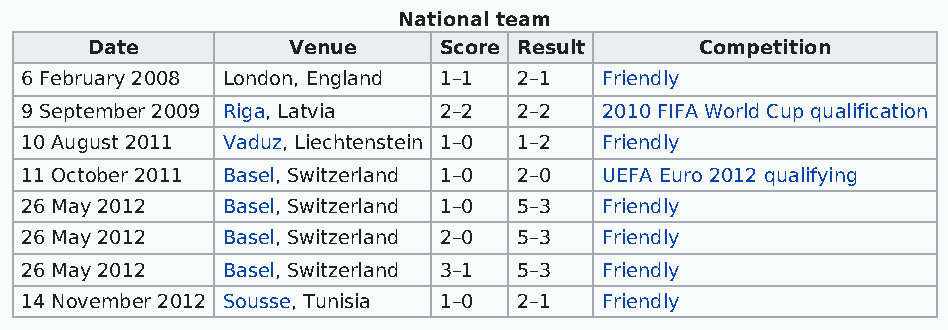
National team
 Date         Venue     Score Result     Competition
 6 February 2008 London, England 1–1 2–1 Friendly
 9 September 2009 Riga, Latvia 2–2 2–2  2010 FIFA World Cup qualification
 10 August 2011 Vaduz, Liechtenstein 1–0 1–2 Friendly
 11 October 2011 Basel, Switzerland 1–0 2–0 UEFA Euro 2012 qualifying
 26 May 2012   Basel, Switzerland 1–0 5–3 Friendly
 26 May 2012   Basel, Switzerland 2–0 5–3 Friendly
 26 May 2012   Basel, Switzerland 3–1 5–3 Friendly
 14 November 2012 Sousse, Tunisia 1–0 2–1 Friendly